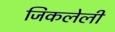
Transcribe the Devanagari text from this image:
जिकलेली